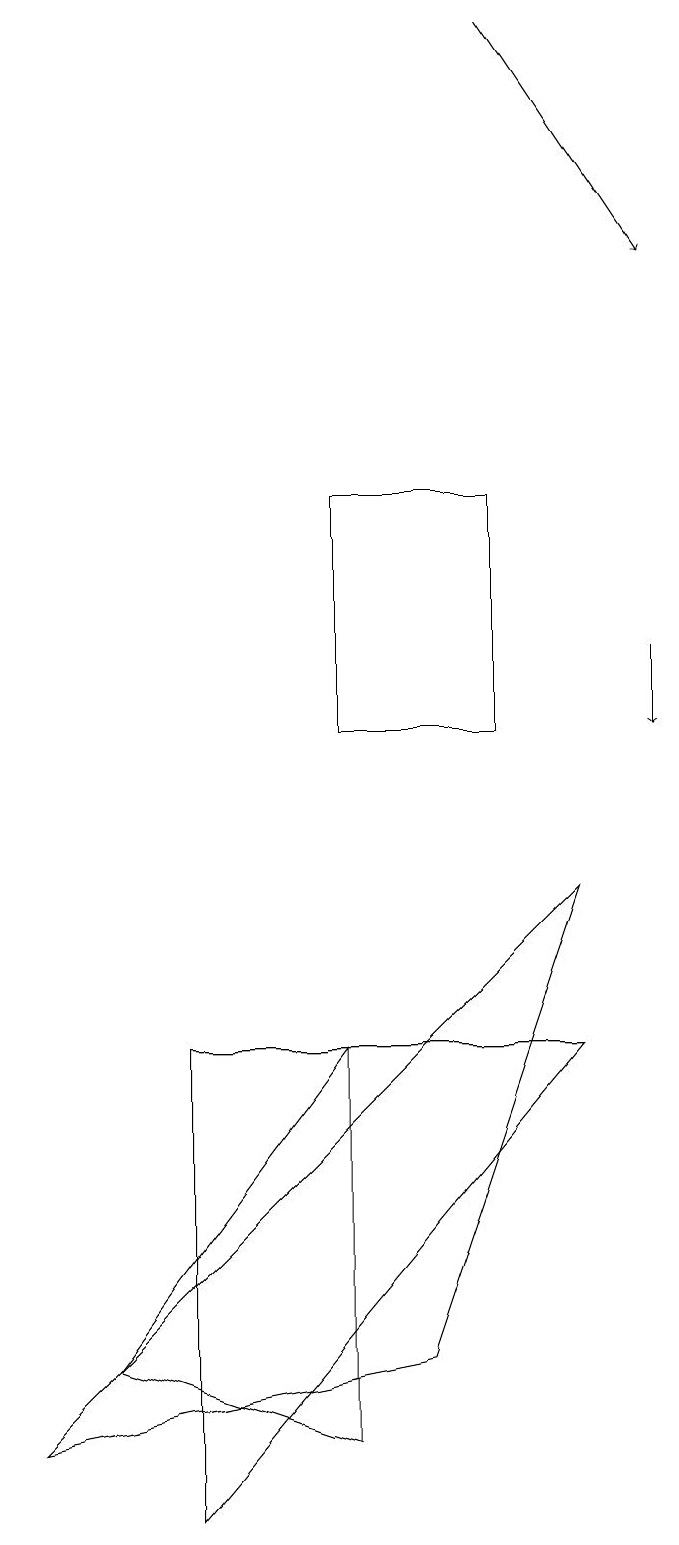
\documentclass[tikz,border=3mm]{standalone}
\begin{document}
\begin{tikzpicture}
\draw[->] (9,11) -- (9,10);
\draw (5,13) rectangle (7,10);
\draw (8,8) -- (1,1) -- (6,2) -- cycle;
\draw (3,6) -- (8,6) -- (3,0) -- cycle;
\draw (5,1) -- (5,6) -- (2,2) -- cycle;
\draw[->] (7,19) -- (9,16);
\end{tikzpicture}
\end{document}